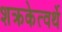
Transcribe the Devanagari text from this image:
शक्रकेत्वर्थे